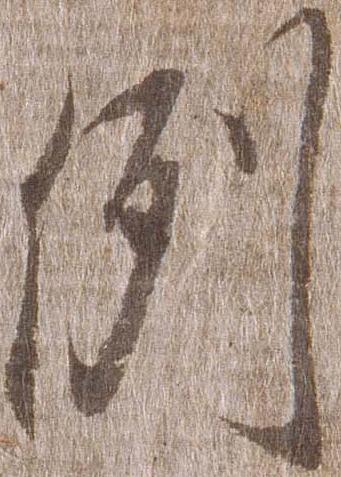
例